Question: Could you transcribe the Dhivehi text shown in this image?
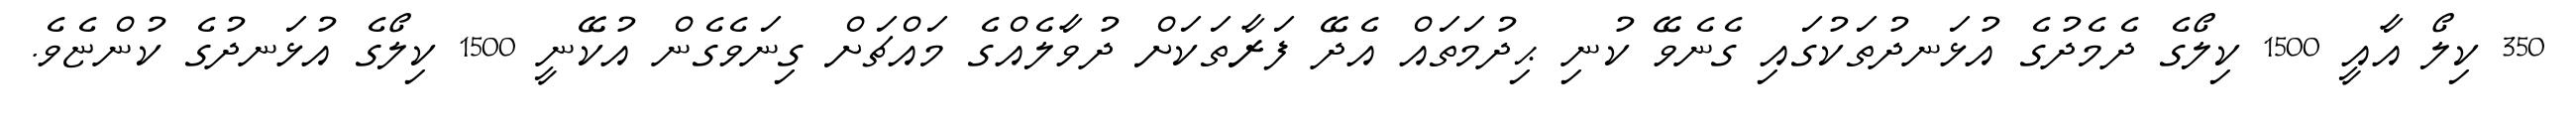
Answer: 350 ކިލޯ އާއީ 1500 ކިލޯގެ ދެމެދުގެ އުޅަނދުތަކުގައި ގެނެވޭ ކުނި ޙިދުމަތައް އެދޭ ފަރާތަކަށް ދުވާލެއްގެ މައްޗަށް ގިނަވެގެން އުކޭނީ 1500 ކިލޯގެ އުޅަނދުގެ ކުންޏެވެ.